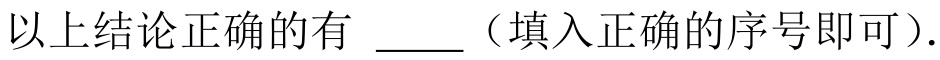
以上结论正确的有 $\underline{\quad\quad}$（填入正确的序号即可）.